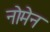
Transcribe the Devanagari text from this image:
नोमेन